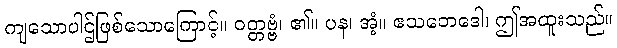
ကျသောပါဌ်ဖြစ်သောကြောင့်။ ဝတ္တဗ္ဗံ၊ ၏။ ပန၊ အံ့။ ဧသဘေဒေါ၊ ဤအထူးသည်။